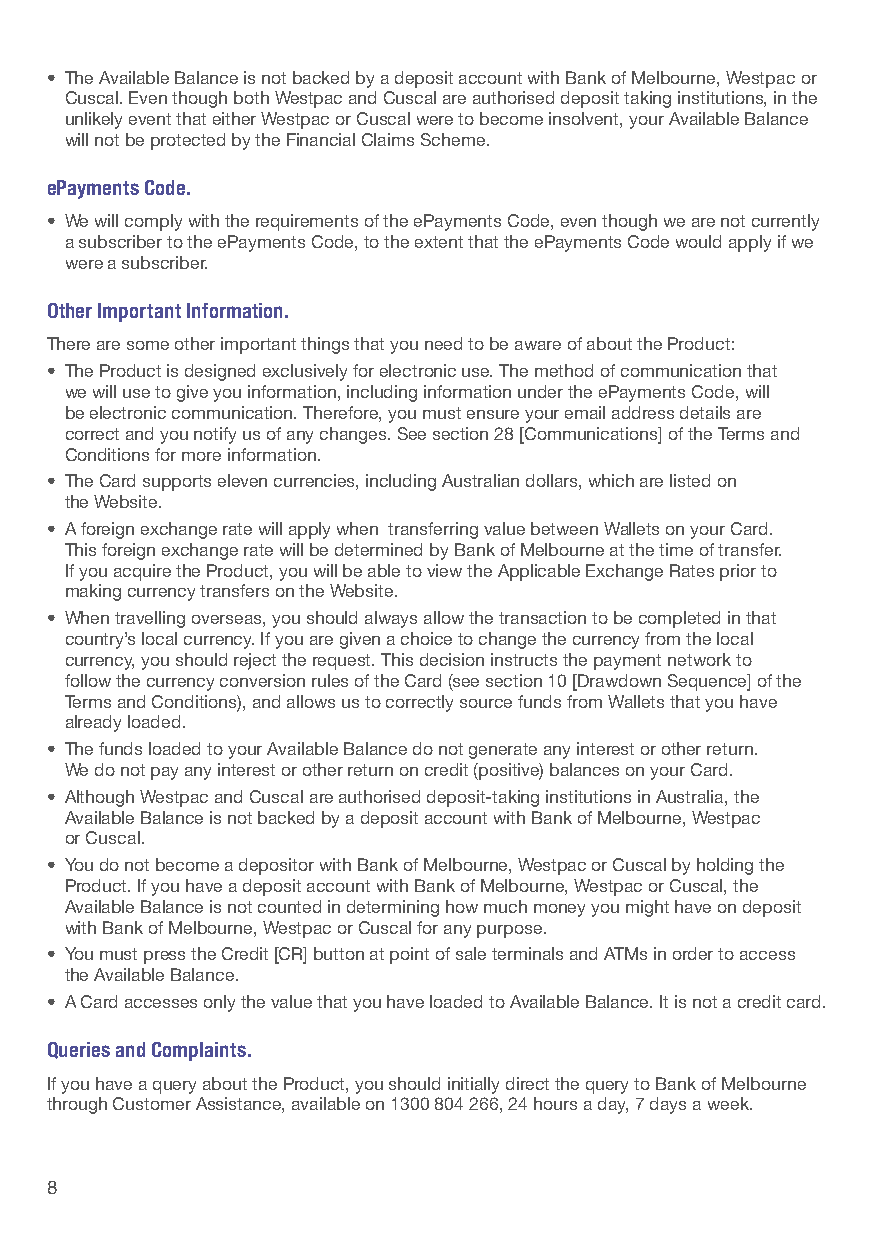
• The Available Balance is not backed by a deposit account with Bank of Melbourne, Westpac or
 Cuscal. Even though both Westpac and Cuscal are authorised deposit taking institutions, in the
 unlikely event that either Westpac or Cuscal were to become insolvent, your Available Balance
 will not be protected by the Financial Claims Scheme.
 ePayments Code.
 • We will comply with the requirements of the ePayments Code, even though we are not currently
 a subscriber to the ePayments Code, to the extent that the ePayments Code would apply if we
 were a subscriber.
 Other Important Information.
 There are some other important things that you need to be aware of about the Product:
 • The Product is designed exclusively for electronic use. The method of communication that
 we will use to give you information, including information under the ePayments Code, will
 be electronic communication. Therefore, you must ensure your email address details are
 correct and you notify us of any changes. See section 28 [Communications] of the Terms and
 Conditions for more information.
 • The Card supports eleven currencies, including Australian dollars, which are listed on
 the Website.
 • A foreign exchange rate will apply when transferring value between Wallets on your Card.
 This foreign exchange rate will be determined by Bank of Melbourne at the time of transfer.
 If you acquire the Product, you will be able to view the Applicable Exchange Rates prior to
 making currency transfers on the Website.
 • When travelling overseas, you should always allow the transaction to be completed in that
 country’s local currency. If you are given a choice to change the currency from the local
 currency, you should reject the request. This decision instructs the payment network to
 follow the currency conversion rules of the Card (see section 10 [Drawdown Sequence] of the
 Terms and Conditions), and allows us to correctly source funds from Wallets that you have
 already loaded.
 • The funds loaded to your Available Balance do not generate any interest or other return.
 We do not pay any interest or other return on credit (positive) balances on your Card.
 • Although Westpac and Cuscal are authorised deposit-taking institutions in Australia, the
 Available Balance is not backed by a deposit account with Bank of Melbourne, Westpac
 or Cuscal.
 • You do not become a depositor with Bank of Melbourne, Westpac or Cuscal by holding the
 Product. If you have a deposit account with Bank of Melbourne, Westpac or Cuscal, the
 Available Balance is not counted in determining how much money you might have on deposit
 with Bank of Melbourne, Westpac or Cuscal for any purpose.
 • You must press the Credit [CR] button at point of sale terminals and ATMs in order to access
 the Available Balance.
 • A Card accesses only the value that you have loaded to Available Balance. It is not a credit card.
 Queries and Complaints.
 If you have a query about the Product, you should initially direct the query to Bank of Melbourne
 through Customer Assistance, available on 1300 804 266, 24 hours a day, 7 days a week.
 8                                                                                                            9